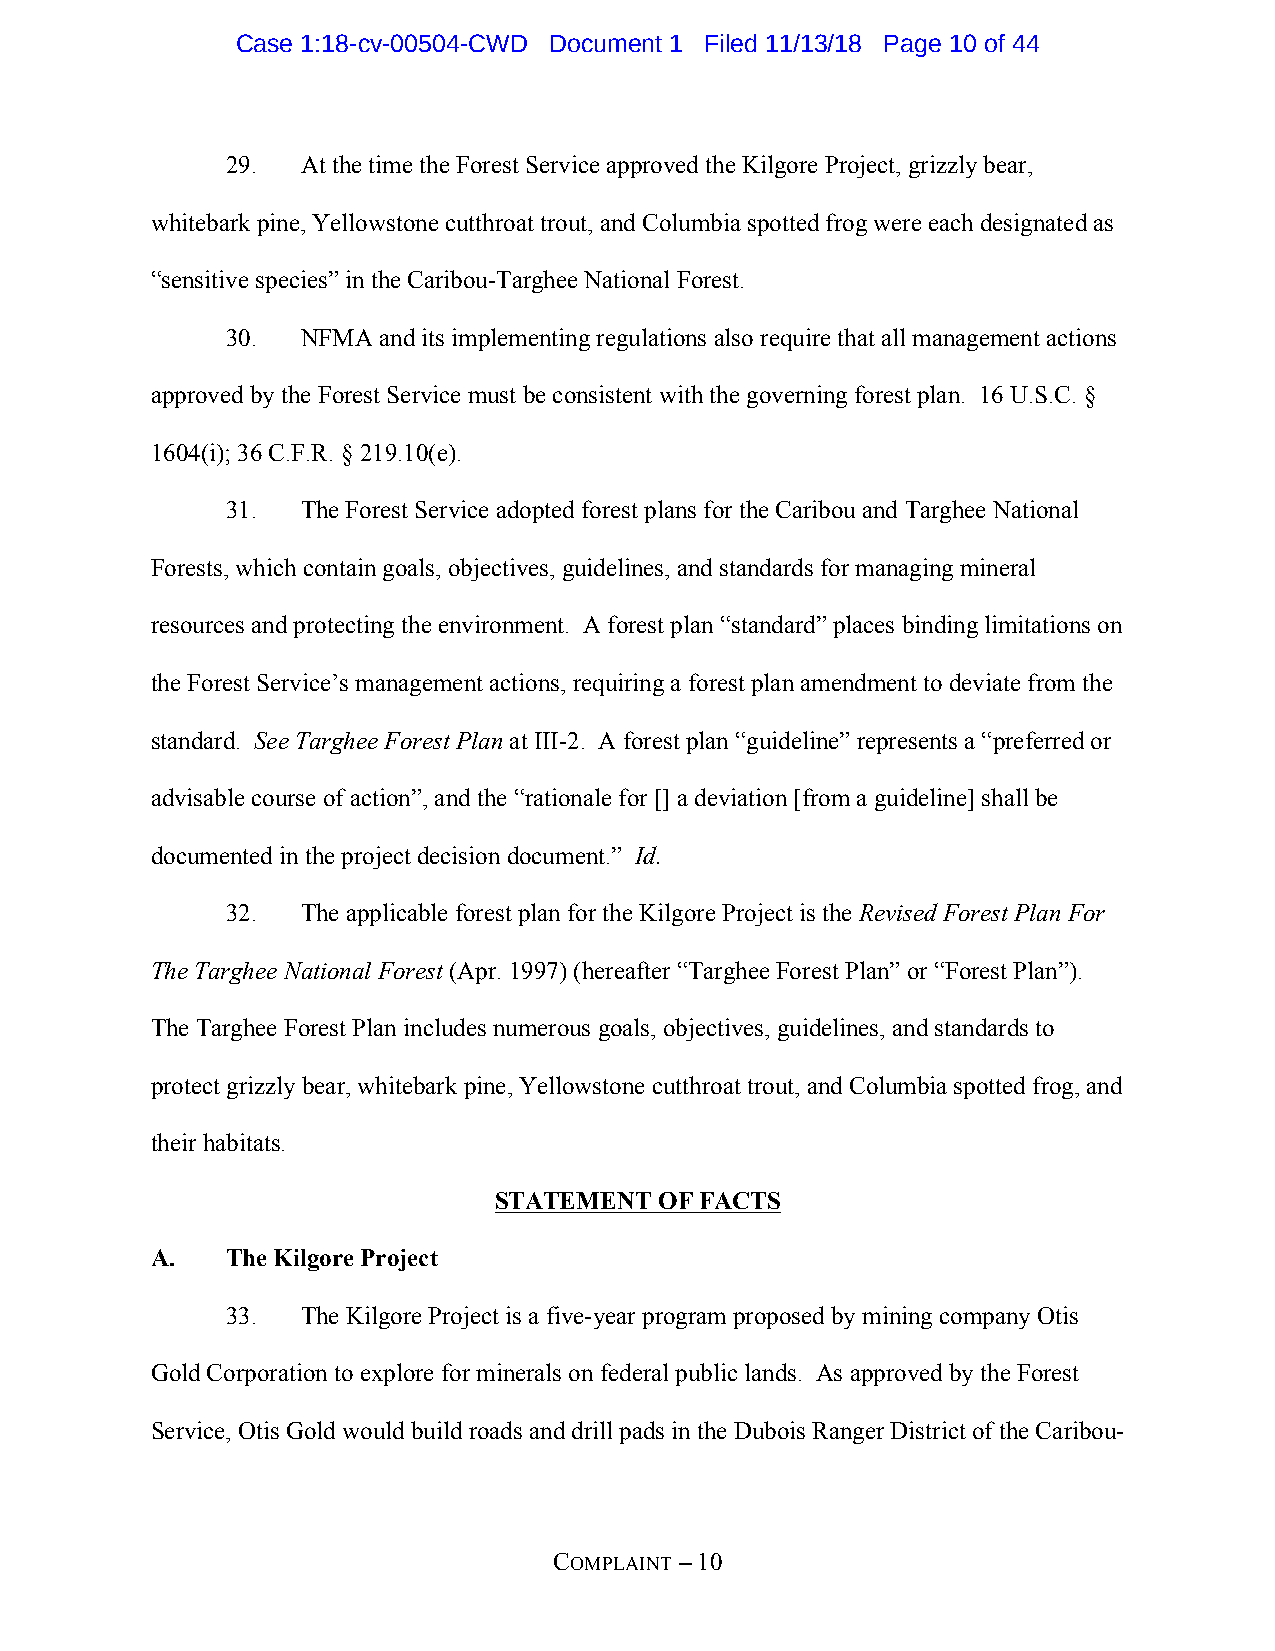
Case 1:18-cv-00504-CWD Document 1 Filed 11/13/18 Page 10 of 44
 29.  At the time the Forest Service approved the Kilgore Project, grizzly bear,
 whitebark pine, Yellowstone cutthroat trout, and Columbia spotted frog were each designated as
 “sensitive species” in the Caribou-Targhee National Forest.
 30.  NFMA and its implementing regulations also require that all management actions
 approved by the Forest Service must be consistent with the governing forest plan. 16 U.S.C. §
 1604(i); 36 C.F.R. § 219.10(e).
 31.  The Forest Service adopted forest plans for the Caribou and Targhee National
 Forests, which contain goals, objectives, guidelines, and standards for managing mineral
 resources and protecting the environment. A forest plan “standard” places binding limitations on
 the Forest Service’s management actions, requiring a forest plan amendment to deviate from the
 standard. See Targhee Forest Plan at III-2. A forest plan “guideline” represents a “preferred or
 advisable course of action”, and the “rationale for [] a deviation [from a guideline] shall be
 documented in the project decision document.” Id.
 32.  The applicable forest plan for the Kilgore Project is the Revised Forest Plan For
 The Targhee National Forest (Apr. 1997) (hereafter “Targhee Forest Plan” or “Forest Plan”).
 The Targhee Forest Plan includes numerous goals, objectives, guidelines, and standards to
 protect grizzly bear, whitebark pine, Yellowstone cutthroat trout, and Columbia spotted frog, and
 their habitats.
 STATEMENT  OF FACTS
 A.   The Kilgore Project
 33.  The Kilgore Project is a five-year program proposed by mining company Otis
 Gold Corporation to explore for minerals on federal public lands. As approved by the Forest
 Service, Otis Gold would build roads and drill pads in the Dubois Ranger District of the Caribou-
 COMPLAINT – 10